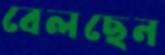
বেলছেন